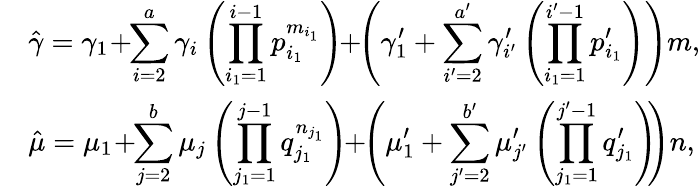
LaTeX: \begin{array}{rl}&{\hat{\gamma}=\gamma_{1}\! +\! \! \displaystyle\sum_{i=2}^{a}\gamma_{i}\left(\prod_{i_{1}=1}^{i-1}p_{i_{1}}^{m_{i_{1}}}\right)\! \! +\! \! \left(\gamma_{1}^{\prime}+\sum_{i^{\prime}=2}^{a^{\prime}}\gamma_{i^{\prime}}^{\prime}\left(\prod_{i_{1}=1}^{i^{\prime}-1}p_{i_{1}}^{\prime}\right)\right)m,}\\ &{\hat{\mu}=\mu_{1}\! +\! \! \displaystyle\sum_{j=2}^{b}\mu_{j}\left(\prod_{j_{1}=1}^{j-1}q_{j_{1}}^{n_{j_{1}}}\right)\! \! +\! \! \left(\mu_{1}^{\prime}+\sum_{j^{\prime}=2}^{b^{\prime}}\mu_{j^{\prime}}^{\prime}\left(\prod_{j_{1}=1}^{j^{\prime}-1}q_{j_{1}}^{\prime}\right)\! \! \right)n,}\end{array}